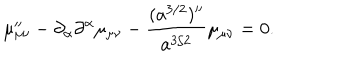
\mu _ { \mu \nu } ^ { \prime \prime } - \partial _ { \alpha } \partial ^ { \alpha } \mu _ { \mu \nu } - \frac { ( a ^ { 3 / 2 } ) ^ { \prime \prime } } { a ^ { 3 / 2 } } \mu _ { \mu \nu } = 0 .